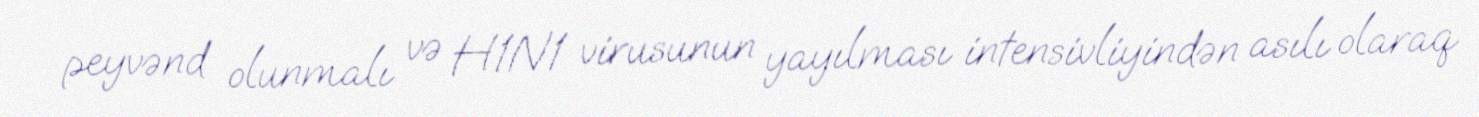
peyvənd olunmalı və H1N1 virusunun yayılması intensivliyindən asılı olaraq